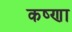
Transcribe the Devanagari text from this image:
कष्णा